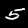
Digit: 5